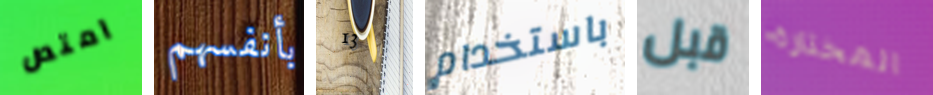
امتص بأنفسهم 13 باستخدام قبل المختارة